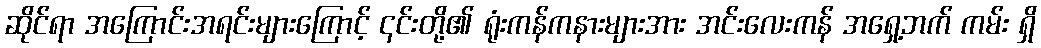
ဆိုင်ရာ အကြောင်းအရင်းများကြောင့် ၎င်းတို့၏ ရုံးကန်ကနားများအား အင်းလေးကန် အရှေ့ဘက် ကမ်း ရှိ